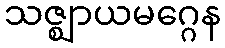
သဇ္ဈာယမဂ္ဂေန